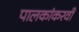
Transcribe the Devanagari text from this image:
पालकांकरवी